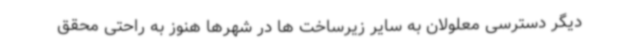
دیگر دسترسی معلولان به سایر زیرساخت ها در شهرها هنوز به راحتی محقق